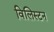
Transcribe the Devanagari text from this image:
विलिस्टन